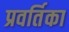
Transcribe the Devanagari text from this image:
प्रवर्तिका